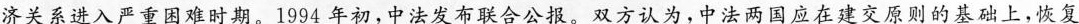
济关系进入严重困难时期，1994 年初，中法发布联合公报。双方认为，中法两国应在建交原则的基础上。恢复